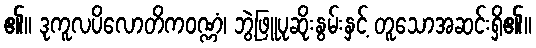
၏။ ဒုကူလပိလောတိကဝဏ္ဏံ၊ ဘွဲ့ဖြူပုဆိုးနွမ်းနှင့် တူသောအဆင်းရှိ၏။